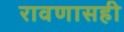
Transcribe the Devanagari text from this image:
रावणासही